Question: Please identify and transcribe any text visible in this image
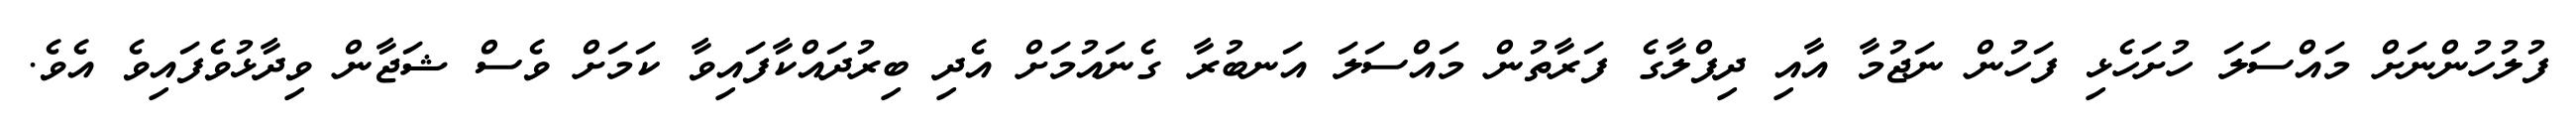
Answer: ފުލުހުންނަށް މައްސަލަ ހުށަހެޅި ފަހުން ނަޖުމާ އާއި ދިފްލާގެ ފަރާތުން މައްސަލަ އަނބުރާ ގެނައުމަށް އެދި ބިރުދައްކާފައިވާ ކަމަށް ވެސް ޝަޖާން ވިދާޅުވެފައިވެ އެވެ.